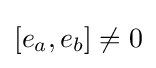
[e_{a},e_{b}]\neq 0